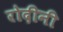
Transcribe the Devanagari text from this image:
रोदीनी